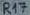
Text: R17